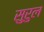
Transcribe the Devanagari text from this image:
सुरुल